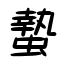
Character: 蟄